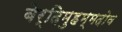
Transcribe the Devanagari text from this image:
बेर्दिमुहम्मदोव